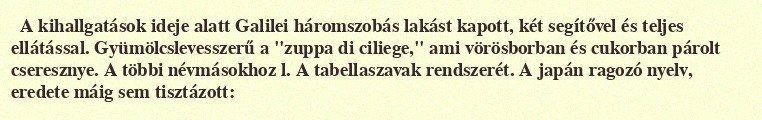
A kihallgatások ideje alatt Galilei háromszobás lakást kapott, két segítővel és teljes ellátással. Gyümölcslevesszerű a "zuppa di ciliege," ami vörösborban és cukorban párolt cseresznye. A többi névmásokhoz l. A tabellaszavak rendszerét. A japán ragozó nyelv, eredete máig sem tisztázott: